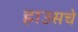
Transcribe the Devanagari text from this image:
हाउसचे